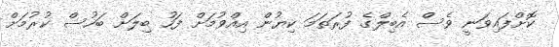
ކޮށްފައިވަނީ ވެސް އެބިލްގެ ފުރަތަމަ ކިޔުން އިއްވުމަށް ފަހު ބިލަށް ބަހުސް ކުރުމަށް